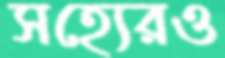
সহ্যেরও